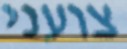
צועני